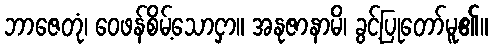
ဘာဇေတုံ၊ ဝေဖန်စိမ့်သောငှာ။ အနုဇာနာမိ၊ ခွင့်ပြုတော်မူ၏။